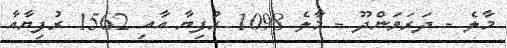
މާލެ - ދަރަވަންދޫ - މާލެ 1098 ރުފިޔާ އާއި 1562 ރުފިޔާއާ